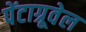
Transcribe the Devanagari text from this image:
पेंटाग्रूवेल